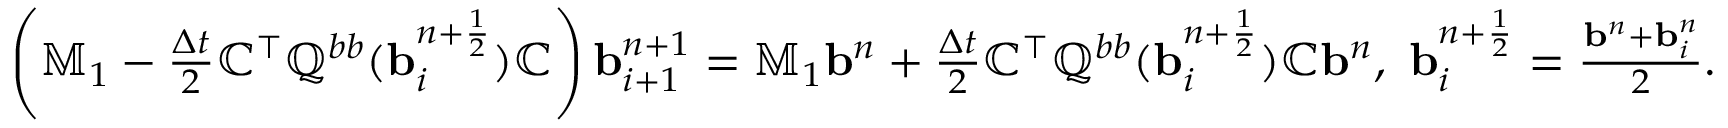
\begin{array} { r } { \left( \mathbb { M } _ { 1 } - \frac { \Delta t } { 2 } \mathbb { C } ^ { \top } \mathbb { Q } ^ { b b } ( { \mathbf b } _ { i } ^ { n + \frac { 1 } { 2 } } ) \mathbb { C } \right) { \mathbf b } _ { i + 1 } ^ { n + 1 } = \mathbb { M } _ { 1 } { \mathbf b } ^ { n } + \frac { \Delta t } { 2 } \mathbb { C } ^ { \top } \mathbb { Q } ^ { b b } ( { \mathbf b } _ { i } ^ { n + \frac { 1 } { 2 } } ) \mathbb { C } { \mathbf b } ^ { n } , \ { \mathbf b } _ { i } ^ { n + \frac { 1 } { 2 } } = \frac { { \mathbf b } ^ { n } + { \mathbf b } _ { i } ^ { n } } { 2 } . } \end{array}